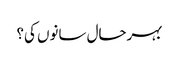
بہرحال سانوں کی؟